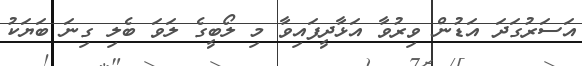
އަސަރުގަދަ އަޑުން ވިރުވާ އަޅާދީފައިވާ މި ލޯބީގެ ލަވަ ބެލި ގިނަ ބަޔަކު